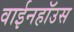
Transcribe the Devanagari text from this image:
वाईनहॉउस